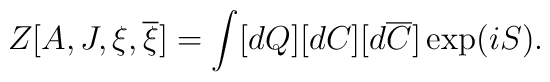
Z[A,J,\xi ,\overline{\xi}]=\int [dQ][dC][d\overline{C}] \exp (iS).